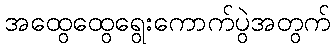
အထွေထွေရွေးကောက်ပွဲအတွက်